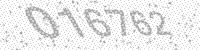
Solution: 016762